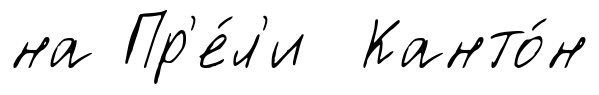
на Пр'е́л'и Канто́н